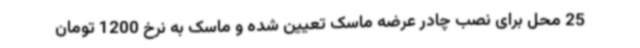
25 محل برای نصب چادر عرضه ماسک تعیین شده و ماسک به نرخ 1200 تومان